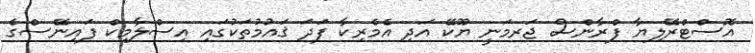
އޮސްޓްރޭލިޔާ ފްރާންސް ޖަރމަނީ ޔޫކޭ އަދި އެމެރިކާ ފަދަ ޤައުމުތަކުގައި އިސްލާމިކް ފައިނޭސްގެ